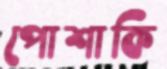
পোশাকি